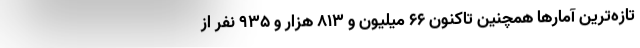
تازه‌ترین آمارها همچنین تاکنون ۶۶ میلیون و ۸۱۳ هزار و ۹۳۵ نفر از